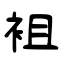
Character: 袓